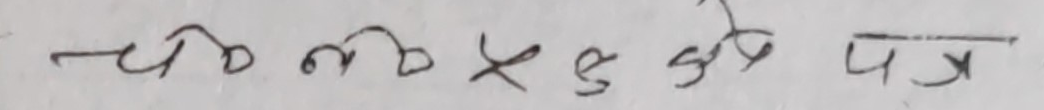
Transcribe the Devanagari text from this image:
चलो दी छ ये छु पत्र